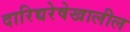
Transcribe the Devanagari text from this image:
दारिद्यरेषेखालील